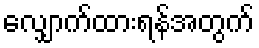
လျှောက်ထားရန်အတွက်